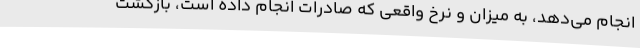
انجام می‌دهد، به میزان و نرخ واقعی که صادرات انجام داده است، بازگشت